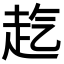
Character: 𧺞